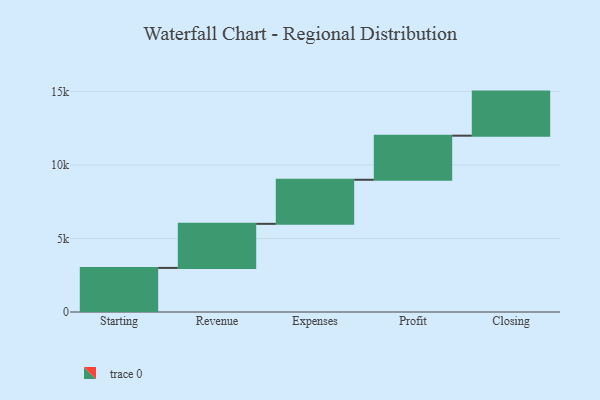
{"axis": {"x": "Step", "y": "Value"}, "legend": [""], "data": [{"x": "Starting", "y": 3000, "type": ""}, {"x": "Revenue", "y": 3000, "type": ""}, {"x": "Expenses", "y": 3000, "type": ""}, {"x": "Profit", "y": 3000, "type": ""}, {"x": "Closing", "y": 3000, "type": ""}]}